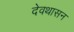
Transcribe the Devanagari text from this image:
देवथासन